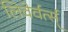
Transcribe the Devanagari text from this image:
लिवेर्वर्त्स्